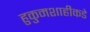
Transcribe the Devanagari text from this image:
हुकुमशाहीकडे